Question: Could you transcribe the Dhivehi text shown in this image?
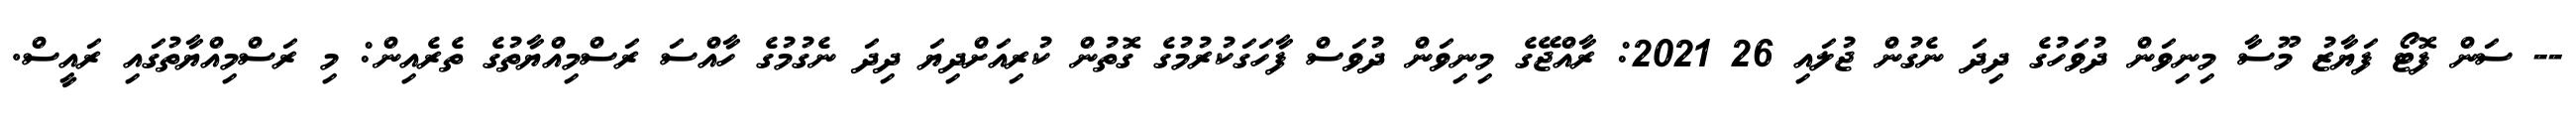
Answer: -- ސަން ފޮޓޯ ފަޔާޒު މޫސާ މިނިވަން ދުވަހުގެ ދިދަ ނެގުން ޖުލައި 26 2021: ރާއްޖޭގެ މިނިވަން ދުވަސް ފާހަގަކުރުމުގެ ގޮތުން ކުރިއަށްދިޔަ ދިދަ ނެގުމުގެ ހާއްސަ ރަސްމިއްޔާތުގެ ތެރެއިން: މި ރަސްމިއްޔާތުގައި ރައީސް.